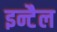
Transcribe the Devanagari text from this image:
इन्टैल